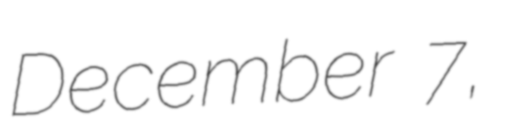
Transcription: December 7,